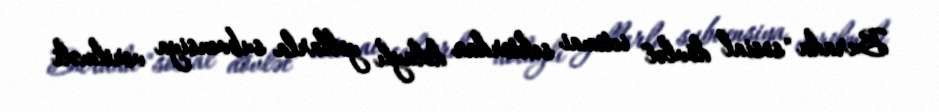
Burada "sosial dövlət" ictimai sektordan dolaylı yollarla subvensiya verilməli